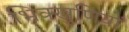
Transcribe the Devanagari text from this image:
भिक्खुणियों